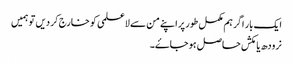
ایک بار اگر ہم مکمل طور پر اپنے من سے لاعلمی کو خارج کر دیں تو ہمیں
نرودھ یا مکش حاصل ہو جاۓ۔